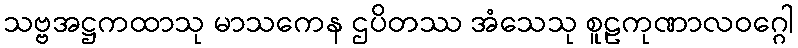
သဗ္ဗအဋ္ဌကထာသု မာသကေန ဌပိတဿ အံသေသု စူဠကုဏာလဝဂ္ဂေါ